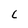
Character: C